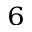
^ { 6 }